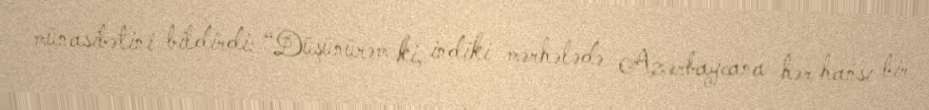
münasibətini bildirdi: “Düşünürəm ki, indiki mərhələdə Azərbaycana hər hansı bir